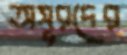
অসুরদের